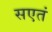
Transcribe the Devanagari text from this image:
सएतं